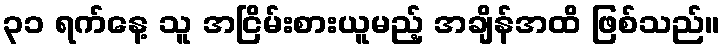
၃၁ ရက်နေ့ သူ အငြိမ်းစားယူမည့် အချိန်အထိ ဖြစ်သည်။